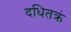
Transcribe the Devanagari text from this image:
दधितक्रं